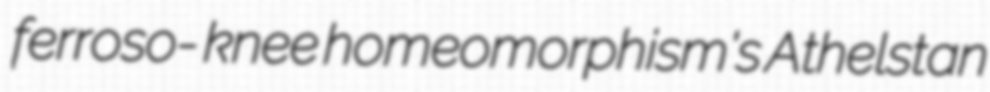
ferroso- knee homeomorphism's Athelstan